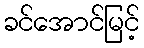
ခင်အောင်မြင့်